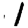
Digit: 1